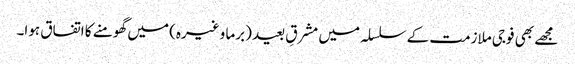
مجھے بھی فوجی ملازمت کے سلسلہ میں مشرقِ بعید (برما وغیرہ) میں گھومنے کا اتفاق ہوا۔